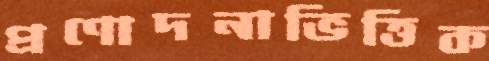
প্রণোদনাভিত্তিক